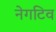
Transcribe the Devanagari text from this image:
नेगटिव